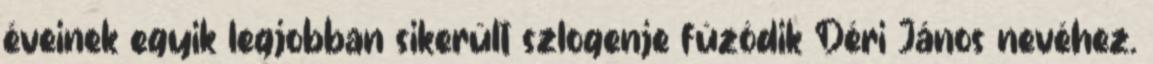
éveinek egyik legjobban sikerült szlogenje fûzôdik Déri János nevéhez.